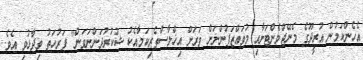
އެހެންކަމުން އުރީދޫގެ މެނޭޖްމެންޓަށާއި މުވައްޒަފުންނަށް ވަރަށް އިޚްލާސްތެރިކަމާއެކު ޝުކުރުދަންނަވަން" ފަރުހަތު ވިދާޅުވި އެވެ.